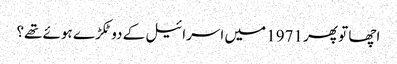
اچھا تو پھر 1971 میں اسرائیل کے دو ٹکڑے ہوئے تھے؟